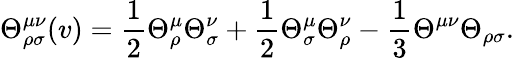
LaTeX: \Theta_{\rho\sigma}^{\mu\nu}(v)=\frac{1}{2}\Theta_{\rho}^{\mu}\Theta_{\sigma}^{\nu}+\frac{1}{2}\Theta_{\sigma}^{\mu}\Theta_{\rho}^{\nu}-\frac{1}{3}\Theta^{\mu\nu}\Theta_{\rho\sigma}.